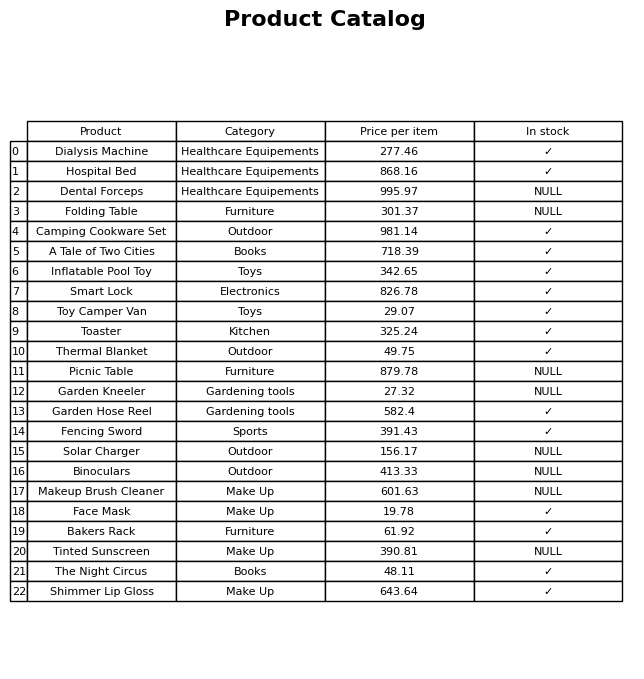
question: What is the price of the Shimmer Lip Gloss?
answer: The price of Shimmer Lip Gloss is 643.64.